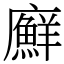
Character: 廯